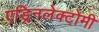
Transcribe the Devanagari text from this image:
एड्रिनलेक्टोमी